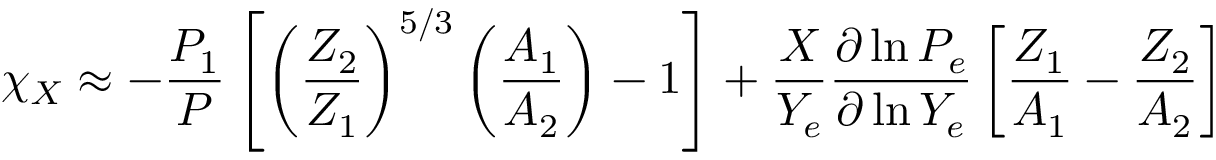
\chi _ { X } \approx - { \frac { P _ { 1 } } { P } } \left[ \left( { \frac { Z _ { 2 } } { Z _ { 1 } } } \right) ^ { 5 / 3 } \left( { \frac { A _ { 1 } } { A _ { 2 } } } \right) - 1 \right] + { \frac { X } { Y _ { e } } } { \frac { \partial \ln P _ { e } } { \partial \ln Y _ { e } } } \left[ { \frac { Z _ { 1 } } { A _ { 1 } } } - { \frac { Z _ { 2 } } { A _ { 2 } } } \right]